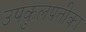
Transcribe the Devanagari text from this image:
उपकुलपतीका